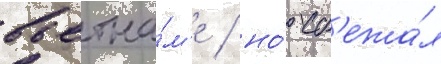
вьетна́м'е / но́ сб'ежа́л